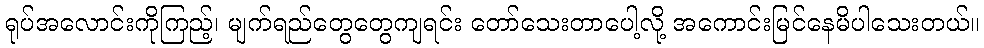
ရုပ်အလောင်းကိုကြည့်၊ မျက်ရည်တွေတွေကျရင်း တော်သေးတာပေါ့လို့ အကောင်းမြင်နေမိပါသေးတယ်။